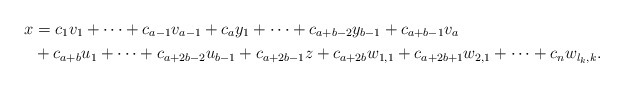
\begin{align*}x &= c_1v_1 + \cdots + c_{a-1}v_{a-1} + c_a y_1 + \cdots + c_{a+b-2}y_{b-1} + c_{a+b-1} v_a \\&+ c_{a+b} u_1 + \cdots + c_{a+2b-2} u_{b-1} + c_{a+2b-1}z + c_{a+2b}w_{1,1} + c_{a+2b+1} w_{2,1} + \cdots + c_n w_{l_k,k}. \end{align*}